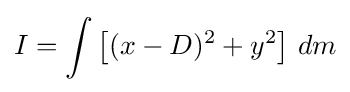
I=\int \left[(x-D)^{2}+y^{2}\right]\,dm